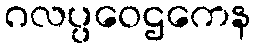
ဂလပ္ပဝေဌကေန